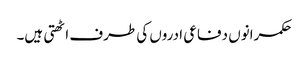
حکمرانوں دفاعی ادروں کی طرف اٹھتی ہیں۔